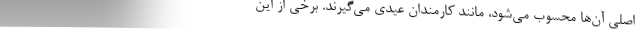
اصلی آن‌ها محسوب می‌شود، مانند کارمندان عیدی می‌گیرند. برخی از این